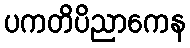
ပကတိပိညာကေန